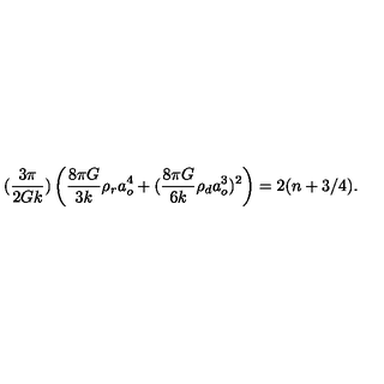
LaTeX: ( { \frac { 3 \pi } { 2 G k } } ) \left( { \frac { 8 \pi G } { 3 k } } \rho _ { r } a _ { o } ^ { 4 } + ( { \frac { 8 \pi G } { 6 k } } \rho _ { d } a _ { o } ^ { 3 } ) ^ { 2 } \right) = 2 ( n + 3 / 4 ) .